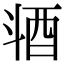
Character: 𣁹